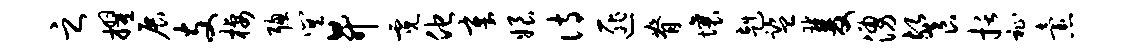
之擢展支栖聪巽升霓他章娘诗匪脊壤赳监双涌餐括祉怠